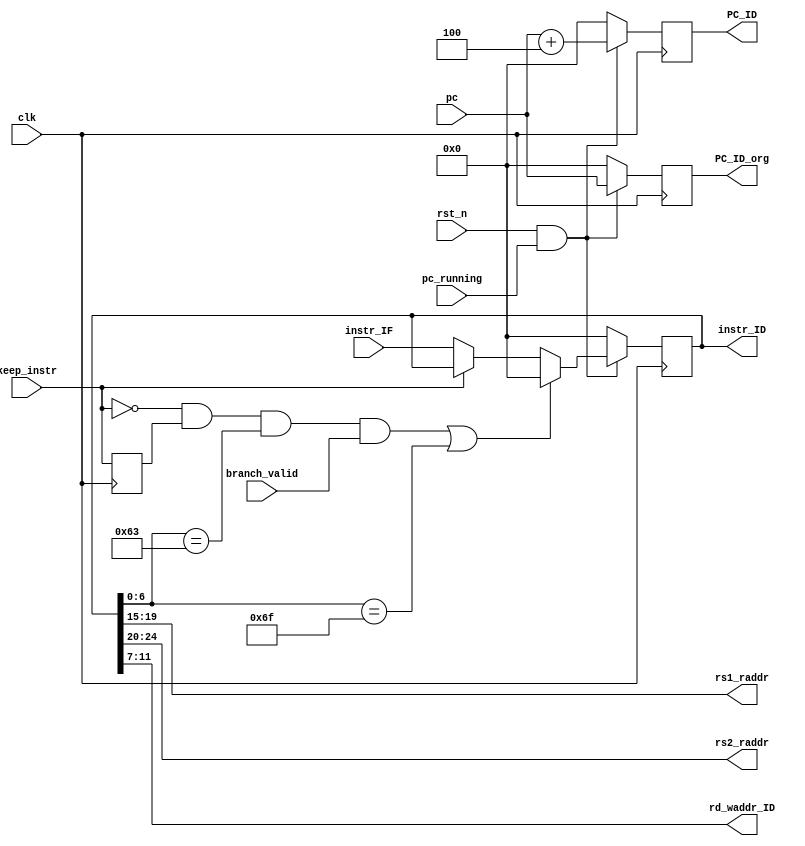
module IF_ID(
    input clk,
    input rst_n,
    input pc_running,
    input [31:0] pc,
    input [31:0] instr_IF,
    input branch_valid,

    input keep_instr,

    output reg [31:0] PC_ID,
    output reg [31:0] PC_ID_org,
    output reg [31:0] instr_ID,
    output [4:0] rs1_raddr,
    output [4:0] rs2_raddr,
    output [4:0] rd_waddr_ID
);

wire [31:0] instr_ID_n;    
wire [31:0] PC_IF;
// assign instr_ID_n = (keep_instr) ? instr_ID : instr_IF;
assign PC_IF = pc + 4;
assign rs1_raddr = instr_ID[19:15];
assign rs2_raddr = instr_ID[24:20];
assign rd_waddr_ID = instr_ID[11:7];

always@(posedge clk) begin
    if(~(rst_n & pc_running))begin
        PC_ID <= 0;
        instr_ID <= 0;
        PC_ID_org <= 0;
    end
    else begin
        PC_ID <= PC_IF;
        instr_ID <= instr_ID_n;
        PC_ID_org <= pc;
    end
end
reg keep_instr_n;
assign instr_ID_n = ((keep_instr == 0 && keep_instr_n == 1 && (instr_ID[6:0] == 7'b1100011)) && branch_valid || (instr_ID[6:0] == 7'b1101111) )? 0:
    (keep_instr) ? instr_ID : instr_IF;



always @(posedge clk) begin
    keep_instr_n <= keep_instr;
end

endmodule